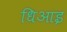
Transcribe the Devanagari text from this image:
धिआइ